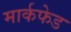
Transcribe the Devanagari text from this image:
मार्कफेड